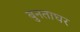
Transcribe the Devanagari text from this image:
बुनताघर